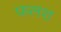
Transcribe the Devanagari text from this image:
फलश